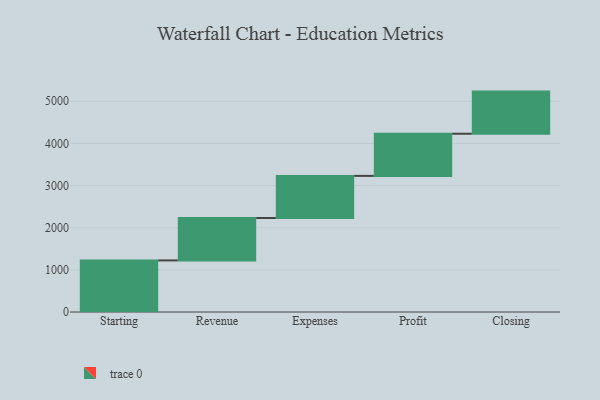
{"axis": {"x": "Step", "y": "Value"}, "legend": [""], "data": [{"x": "Starting", "y": 1224.0, "type": ""}, {"x": "Revenue", "y": 1006.0, "type": ""}, {"x": "Expenses", "y": 1000, "type": ""}, {"x": "Profit", "y": 1000, "type": ""}, {"x": "Closing", "y": 1000, "type": ""}]}